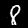
Digit: 8